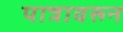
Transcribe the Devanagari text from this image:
पात्रावरून